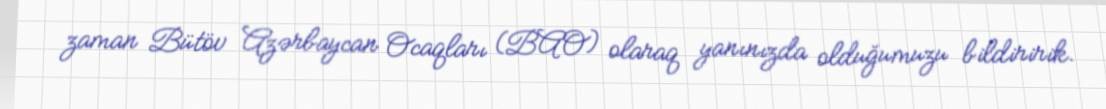
zaman Bütöv Azərbaycan Ocaqları (BAO) olaraq yanınızda olduğumuzu bildiririk.